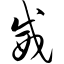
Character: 威